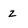
Character: z